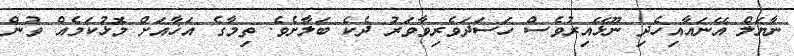
ނާޔަލް އޭނައާއިހެދި ނޫޅޭއިރުވެސް ހަސަދަވެރިވާވަރު ދެކެ ބަލާށެވެ. ތިމާގެ އަޚާއަށް މޮޅުކަމެއް ވުން